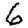
Digit: 6